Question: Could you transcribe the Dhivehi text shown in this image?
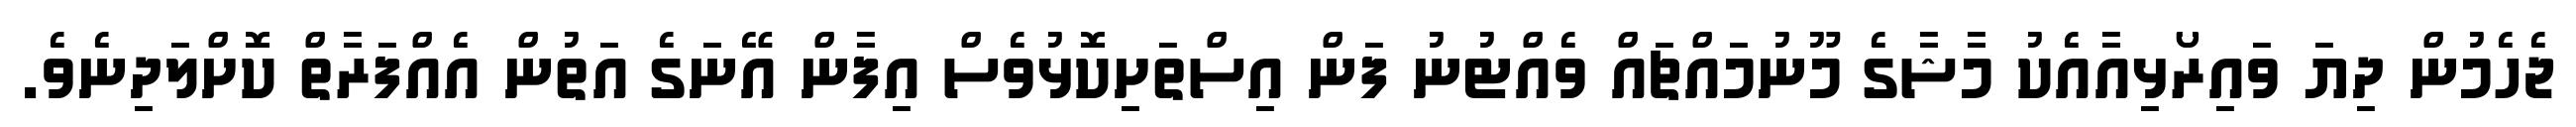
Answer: ޖެހެމުން ދިޔަ ވައިރޯޅިއާއެކު މާޝާގެ މޫނުމައްޗައް ވެއްޓުނު ފަން އިސްތަށިކޮޅުވެސް އިފާން އޭނަގެ އަތުން އެއްފަރާތް ކޮށްލަދިނެވެ.